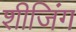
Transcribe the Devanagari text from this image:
शीजिंग